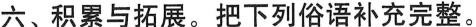
六、积累与拓展。把下列俗语补充完整。